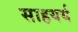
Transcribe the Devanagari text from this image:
साहयर्य